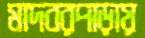
মাদবরপাড়ায়